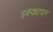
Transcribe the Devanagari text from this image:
इक्क्यावन